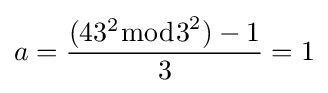
a={\frac {(43^{2}{\bmod {3}}^{2})-1}{3}}=1